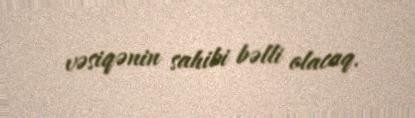
vəsiqənin sahibi bəlli olacaq.